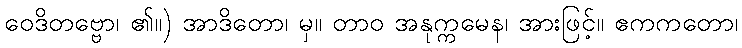
ဝေဒိတဗ္ဗော၊ ၏။) အာဒိတော၊ မှ။ တာဝ အနုက္ကမေန၊ အားဖြင့်။ ဧကကတော၊